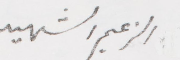
الزعيم الشهيد